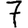
Digit: 7